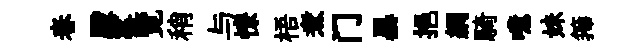
春殿窰覽稍与憭梧煮门暴挹網騎噫妹籜